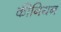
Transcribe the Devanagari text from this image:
कीनियन